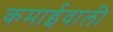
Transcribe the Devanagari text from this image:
कमाईवाली